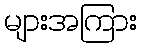
များအကြား